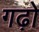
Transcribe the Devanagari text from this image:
गढ़ो